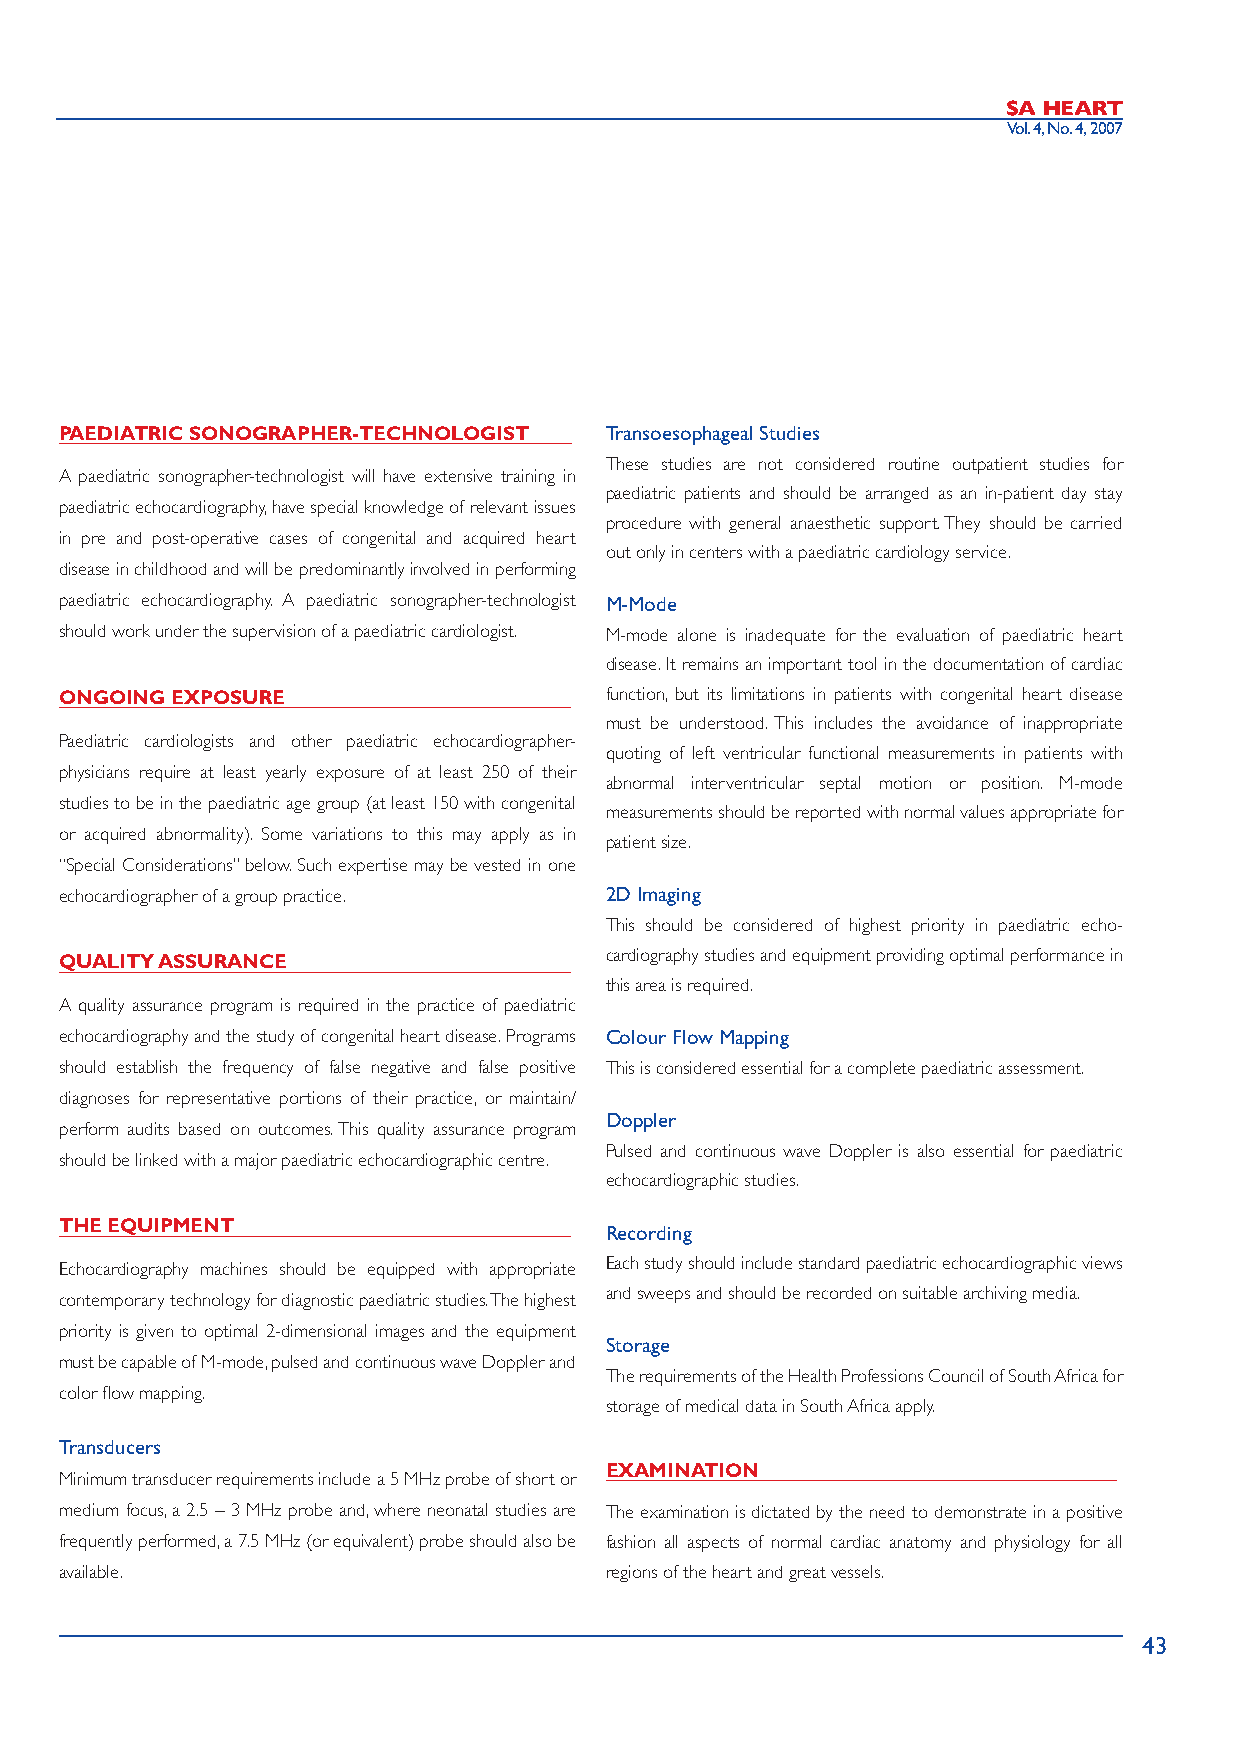
Vol. 4, No. 4, 2007
 PAEDIATRIC SONOGRAPHER-TECHNOLOGIST Transoesophageal Studies
 These studies are not considered routine outpatient studies for
 A paediatric sonographer-technologist will have extensive training in
 paediatric patients and should be arranged as an in-patient day stay
 paediatric echocardiography, have special knowledge of relevant issues
 procedure with general anaesthetic support. They should be carried
 in pre and post-operative cases of congenital and acquired heart
 out only in centers with a paediatric cardiology service.
 disease in childhood and will be predominantly involved in performing
 paediatric echocardiography. A paediatric sonographer-technologist M-Mode
 should work under the supervision of a paediatric cardiologist. M-mode alone is inadequate for the evaluation of paediatric heart
 disease. It remains an important tool in the documentation of cardiac
 ONGOING EXPOSURE                    function, but its limitations in patients with congenital heart disease
 must be understood. This includes the avoidance of inappropriate
 Paediatric cardiologists and other paediatric echocardiographer-
 quoting of left ventricular functional measurements in patients with
 physicians require at least yearly exposure of at least 250 of their
 abnormal interventricular septal motion or position. M-mode
 studies to be in the paediatric age group (at least 150 with congenital
 measurements should be reported with normal values appropriate for
 or acquired abnormality). Some variations to this may apply as in
 patient size.
 “Special Considerations” below. Such expertise may be vested in one
 echocardiographer of a group practice. 2D Imaging
 This should be considered of highest priority in paediatric echo-
 cardiography studies and equipment providing optimal performance in
 QUALITY ASSURANCE
 this area is required.
 A quality assurance program is required in the practice of paediatric
 echocardiography and the study of congenital heart disease. Programs Colour Flow Mapping
 should establish the frequency of false negative and false positive This is considered essential for a complete paediatric assessment.
 diagnoses for representative portions of their practice, or maintain/
 Doppler
 perform audits based on outcomes. This quality assurance program
 Pulsed and continuous wave Doppler is also essential for paediatric
 should be linked with a major paediatric echocardiographic centre.
 echocardiographic studies.
 THE EQUIPMENT                       Recording
 Echocardiography machines should be equipped with appropriate Each study should include standard paediatric echocardiographic views
 and sweeps and should be recorded on suitable archiving media.
 contemporary technology for diagnostic paediatric studies. The highest
 priority is given to optimal 2-dimensional images and the equipment
 Storage
 must be capable of M-mode, pulsed and continuous wave Doppler and
 The requirements of the Health Professions Council of South Africa for
 color fl ow mapping.
 storage of medical data in South Africa apply.
 Transducers
 EXAMINATION
 Minimum transducer requirements include a 5 MHz probe of short or
 medium focus, a 2.5 – 3 MHz probe and, where neonatal studies are The examination is dictated by the need to demonstrate in a positive
 frequently performed, a 7.5 MHz (or equivalent) probe should also be fashion all aspects of normal cardiac anatomy and physiology for all
 available.                          regions of the heart and great vessels.
 43